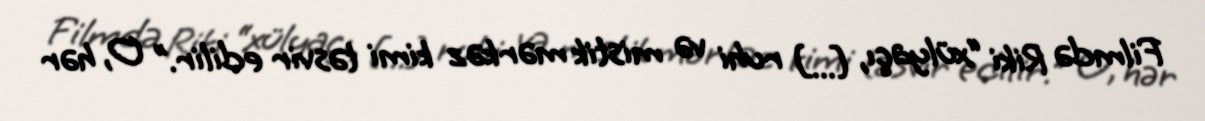
Filmdə Riki “xülyaçı, [...] ruhi və mistik mərkəz kimi təsvir edilir.” O, hər